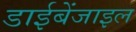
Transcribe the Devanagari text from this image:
डाईबेंजाइल